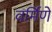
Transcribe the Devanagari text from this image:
वर्मिणे